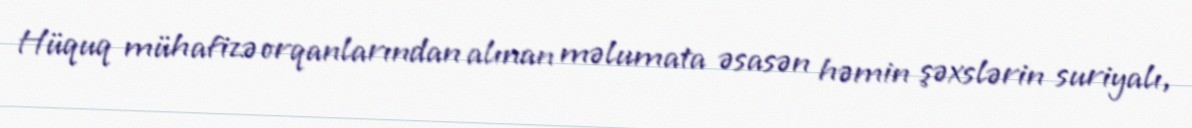
Hüquq mühafizə orqanlarından alınan məlumata əsasən həmin şəxslərin suriyalı,